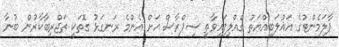
ޕާލަމެންޓުގެ އަޣުލަބިއްޔަތު ގެއްލިފައިވާތީ ސިޕްރާސް އަށް އެންމެ ރަނގަޅު ގޮތަކީ ތަޖްރިބާކާރުން ބުނާ